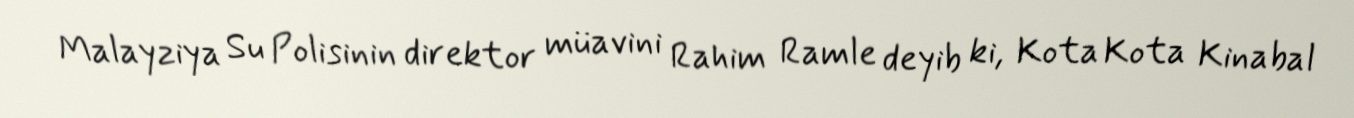
Malayziya Su Polisinin direktor müavini Rahim Ramle deyib ki, Kota Kota Kinabal